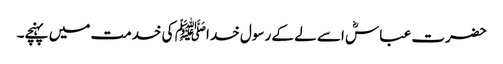
حضرت عباسؓ اسے لے کے رسول خد اﷺ کی خدمت میں پہنچے۔